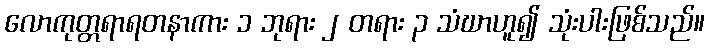
လောကုတ္တရာရတနာကား ၁ ဘုရား ၂ တရား ၃ သံဃာဟူ၍ သုံးပါးဖြစ်သည်။